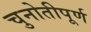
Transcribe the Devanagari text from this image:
चुनोतीपूर्ण